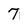
Character: 7